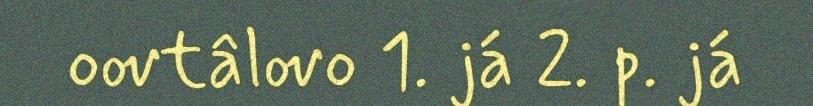
oovtâlovo 1. já 2. p. já